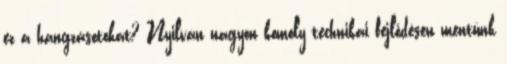
ez a hangzásotokat? Nyilván nagyon komoly technikai fejlődésen mentünk